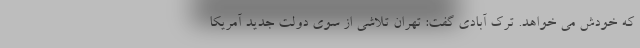
که خودش می خواهد. ترک آبادی گفت: تهران تلاشی از سوی دولت جدید آمریکا